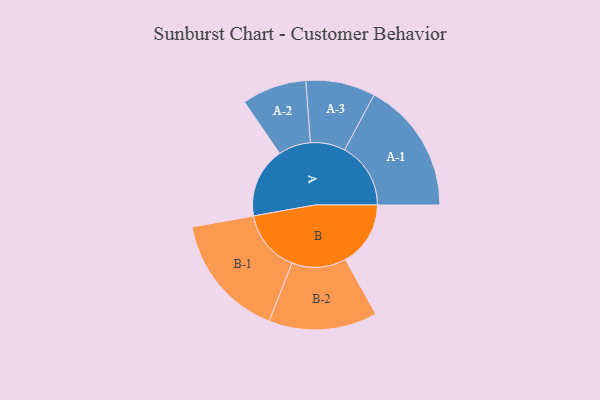
{"axis": {"x": "Segment", "y": "Value"}, "legend": ["", "A", "B"], "data": [{"x": "A", "y": 285, "type": ""}, {"x": "B", "y": 264, "type": ""}, {"x": "A-1", "y": 268, "type": "A"}, {"x": "A-2", "y": 131, "type": "A"}, {"x": "A-3", "y": 141, "type": "A"}, {"x": "B-1", "y": 253, "type": "B"}, {"x": "B-2", "y": 220, "type": "B"}]}